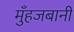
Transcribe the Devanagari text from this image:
मुँहजबानी